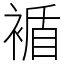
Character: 䙉